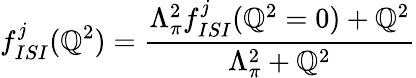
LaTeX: f_{ISI}^{j}(\mathbb{Q}^{2})=\frac{{\Lambda_{\pi}^{2}f_{ISI}^{j}(\mathbb{Q}^{2}=0)+\mathbb{Q}^{2}}}{{\Lambda_{\pi}^{2}+\mathbb{Q}^{2}}}